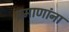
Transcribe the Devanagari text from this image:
प्रमाणांना